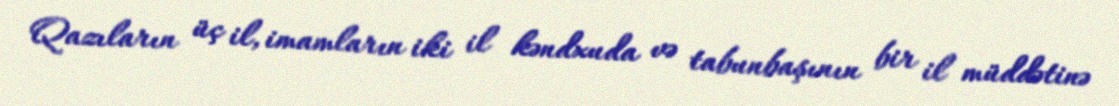
Qazıların üç il, imamların iki il kəndxuda və tabunbaşının bir il müddətinə